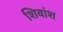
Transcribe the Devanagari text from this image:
शिवांश